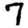
Digit: 7